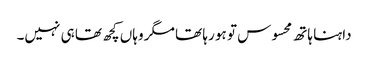
داہنا ہاتھ محسوس تو ہو رہا تھا مگر وہاں کچھ تھا ہی نہیں۔